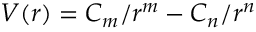
V ( r ) = C _ { m } / r ^ { m } - C _ { n } / r ^ { n }